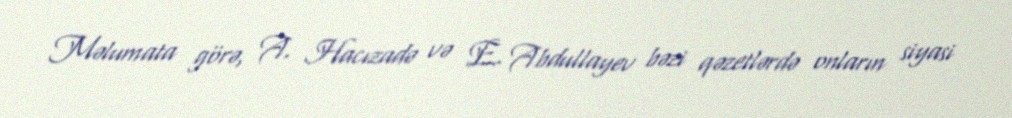
Məlumata görə, A. Hacızadə və E. Abdullayev bəzi qəzetlərdə onların siyasi